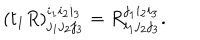
( t _ { 1 } R ) _ { j _ { 1 } j _ { 2 } j _ { 3 } } ^ { i _ { 1 } i _ { 2 } i _ { 3 } } = R _ { i _ { 1 } j _ { 2 } j _ { 3 } } ^ { j _ { 1 } i _ { 2 } i _ { 3 } } .